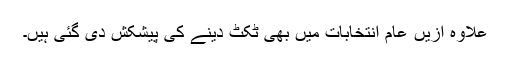
علاوہ ازیں عام انتخابات میں بھی ٹکٹ دینے کی پیشکش دی گئی ہیں۔